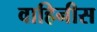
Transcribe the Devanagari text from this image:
वाहिनीस